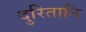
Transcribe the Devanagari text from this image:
दुरितानि